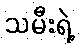
သမီးရဲ့